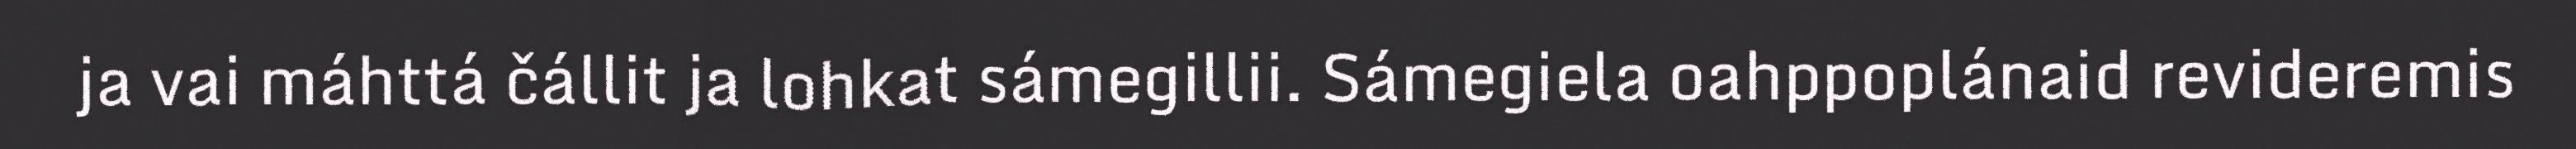
ja vai máhttá čállit ja lohkat sámegillii. Sámegiela oahppoplánaid revideremis